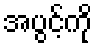
အပွင့်ကို